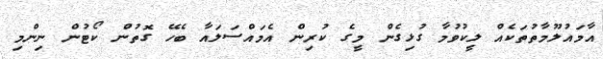
އާމައުލޫމާތުތަކެއް ލީކުވުމާ ގުޅިގެން މީގެ ކުރިން އެމައްސަލައާ ބެހޭ ގޮތުން ކޯޓުން ނިންމި